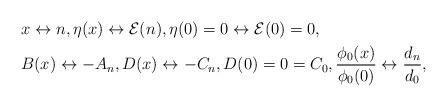
LaTeX: \begin{align*} &x\leftrightarrow n, \eta(x)\leftrightarrow\mathcal{E}(n), \eta(0)=0\leftrightarrow\mathcal{E}(0)=0, \\ &B(x)\leftrightarrow -A_n, D(x)\leftrightarrow -C_n,D(0)=0=C_0, \frac{\phi_0(x)}{\phi_0(0)}\leftrightarrow\frac{d_n}{d_0}, \end{align*}